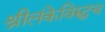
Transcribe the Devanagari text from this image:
श्रीलंकेविरुद्धच